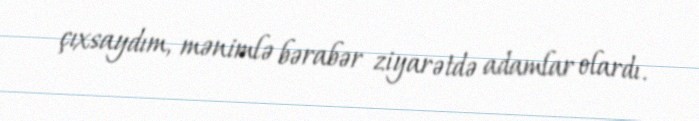
çıxsaydım, mənimlə bərabər ziyarətdə adamlar olardı.